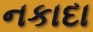
નકાદા